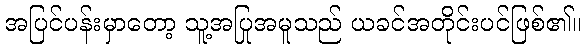
အပြင်ပန်းမှာတော့ သူ့အပြုအမူသည် ယခင်အတိုင်းပင်ဖြစ်၏။